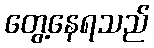
တွေ့နေရသည်